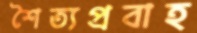
শৈত্যপ্রবাহ